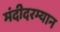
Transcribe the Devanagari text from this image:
मंदीदरम्यान